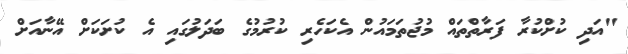
"އަދި ކުށްކުރާ ފަރާތްތައް މުޖުތަމައުން އެކަހެރި ކުރުމުގެ ބަދަލުގައި އެ ކުށަކަށް އޭނާއަށް